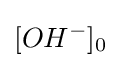
[OH^{-}]_{0^{}}